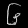
Digit: ၆